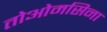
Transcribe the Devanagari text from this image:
तोओमसिना